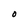
Character: O